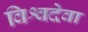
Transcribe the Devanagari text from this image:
विश्वदेवा